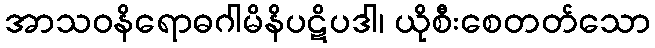
အာသဝနိရောဓဂါမိနိပဋိပဒါ၊ ယိုစီးစေတတ်သော